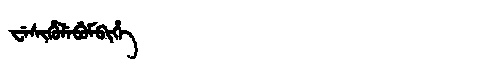
Manchu: ᠸᡝᠰᡳᡥᡠᠯᡝᠪᡠᠮᠪᡳᡥᡝ
Romanization: WESIHULEBUMBIHE